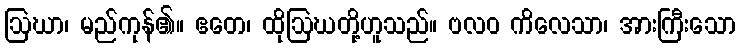
ဩဃာ၊ မည်ကုန်၏။ ဧတေ၊ ထိုဩဃတို့ဟူသည်။ ဗလဝ ကိလေသာ၊ အားကြီးသော